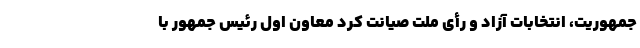
جمهوریت، انتخابات آزاد و رأی ملت صیانت کرد معاون اول رئیس جمهور با